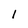
Character: 1